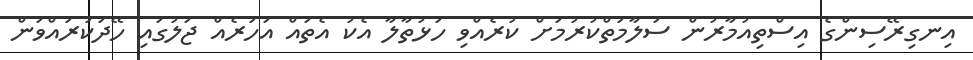
އިނގިރޭސިންގެ އިސްތިއުމާރުން ސަލާމަތްކުރުމަށް ކުރެއްވި ހަޅުތާލާ އެކު އެތައް އަހަރެއް ޖަލުގައި ހޭދަކުރައްވަން